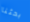
بحثنا